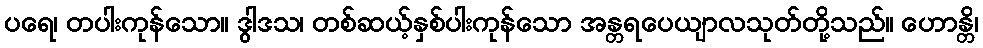
ပရေ၊ တပါးကုန်သော။ ဒွါဒသ၊ တစ်ဆယ့်နှစ်ပါးကုန်သော အန္တရပေယျာလသုတ်တို့သည်။ ဟောန္တိ၊